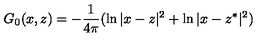
G _ { 0 } ( x , z ) = - \frac 1 { 4 \pi } ( \ln | x - z | ^ { 2 } + \ln | x - z ^ { * } | ^ { 2 } )